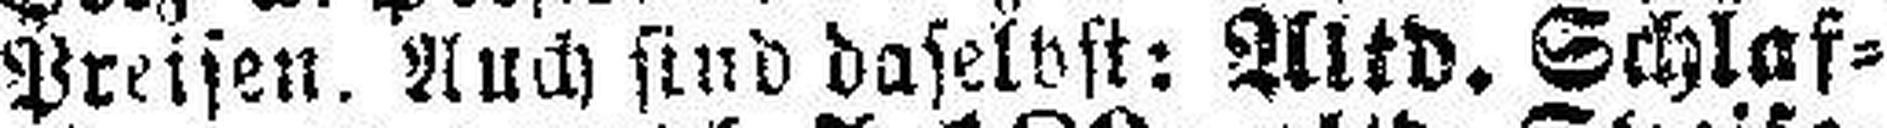
Preisen, Auch sind daselbst: Altd. Schlaf¬